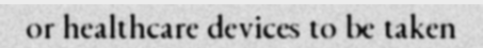
or healthcare devices to be taken